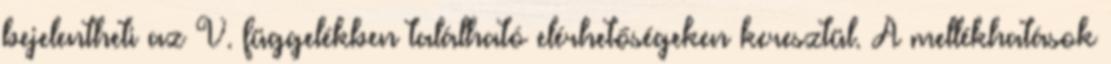
bejelentheti az V. függelékben található elérhetőségeken keresztül. A mellékhatások